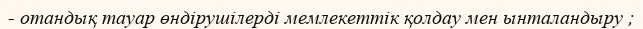
- отандық тауар өндірушілерді мемлекеттік қолдау мен ынталандыру ;